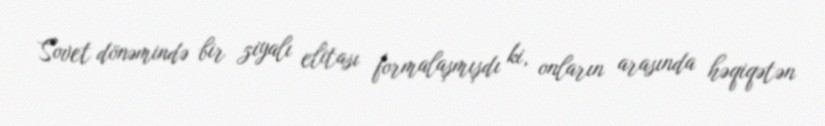
Sovet dönəmində bir ziyalı elitası formalaşmışdı ki, onların arasında həqiqətən